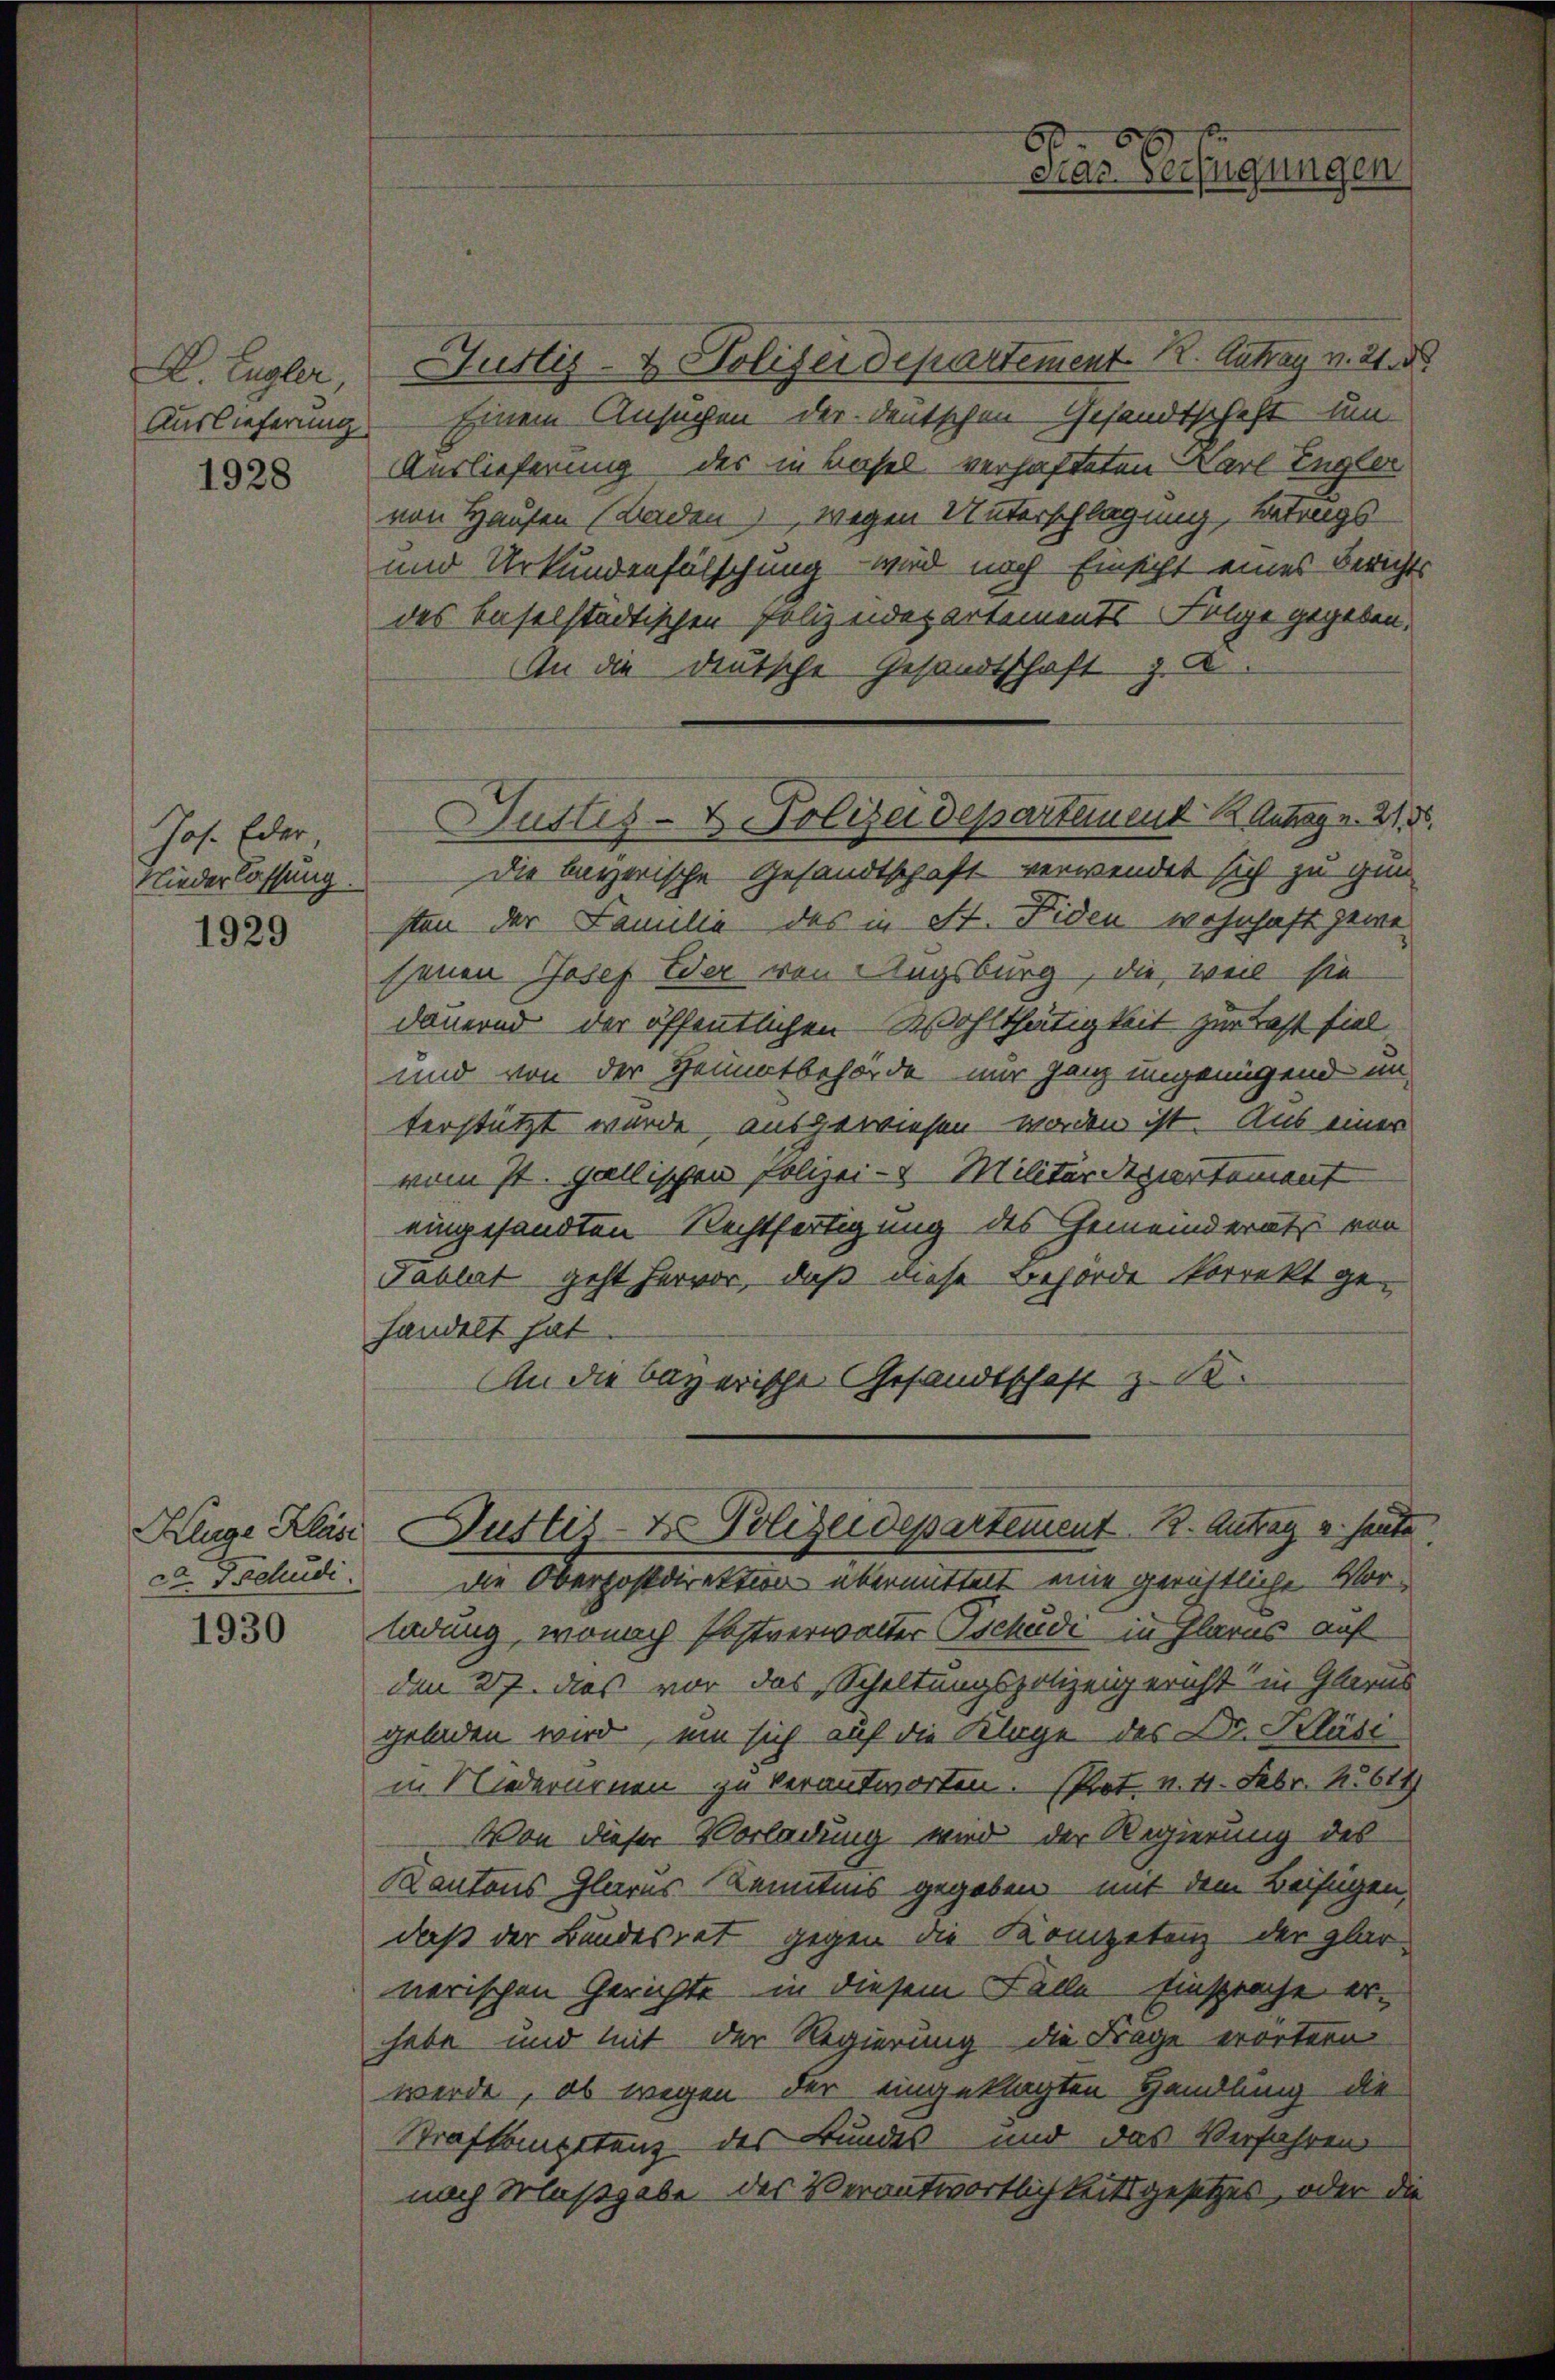
D. Eugler,
Auslieferung
1928

Jos. Eder
Niederlassung

1929

Kluge Kläsi
ca. Tschudi

1930

Justiz- & Polizeidepartement K. Antrag v. 21. d.
Einem Ansuchen der deutschen Gesandtschaft um
Auslieferung des in Basel verhafteten Karl Engler
von Hausen (Baden), wegen Unterschlagung, betrags
und Urkundenfälschung wird nach Einsicht eines Berichts
des Baselstadtischen Polizeidepartements Folge gegeben,
An die deutsche Gesandtschaft zu
Die bayerische Gesandtschaft verwendet sich zu gun-
sten der Familie des in St. Fiden wohnhaft gewesenen Josef Eder von Augsburg, die, weil sie
dauernd der öffentlichen Wohlthätigkeit zur Last fiel
und von der Heimatbehörde nur ganz ungenügend im
terstützt wurde ausgewiesen worden ist. Aus einer
vom st. gallischen Foliei- & Militärdepartement
eingesandten Rechtfertigung des Gemeinderat von
Tablat geht hervor, daß diese Behörde korrekt ge-
handelt hat.
An die bayerische Gesandtschaft z. B.
Justiz- & Polizeidepartement 12. Antrag v. heute
Die Oberpostdirektion übermittelt eine gerichtliche Vor
ladung, wonach Postverwalter Tschudi in Glarus auf
den 27. das vor des Schaltungspolizeigericht in Glarus
geladen wird, ein sich auf die Klage des Dr. Kläsi
in Niederurnen zu verantworten. Prot. v. 11. Febr. 1614
Von dieser Vorladung wird der Regierung des
Kantons Glarus Kenntnis gegeben mit dem Beifügen,
daß der Bundesrat gegen die Kompetenz der glar-
nerischen Gerichte in diesem Falle Einsprache erhabe und mit der Regierung die Frage erörtern
werde, ob wegen der eingeklagten Handlung die
Strafkompetenz des Bundes und das Verfahren
nach Maßgabe des Verantwortlichkeitsgesetzes, oder die

6.
cias Verfügungen

Hustes- & Polizeideparteinend Antrag v. 21.
6

6